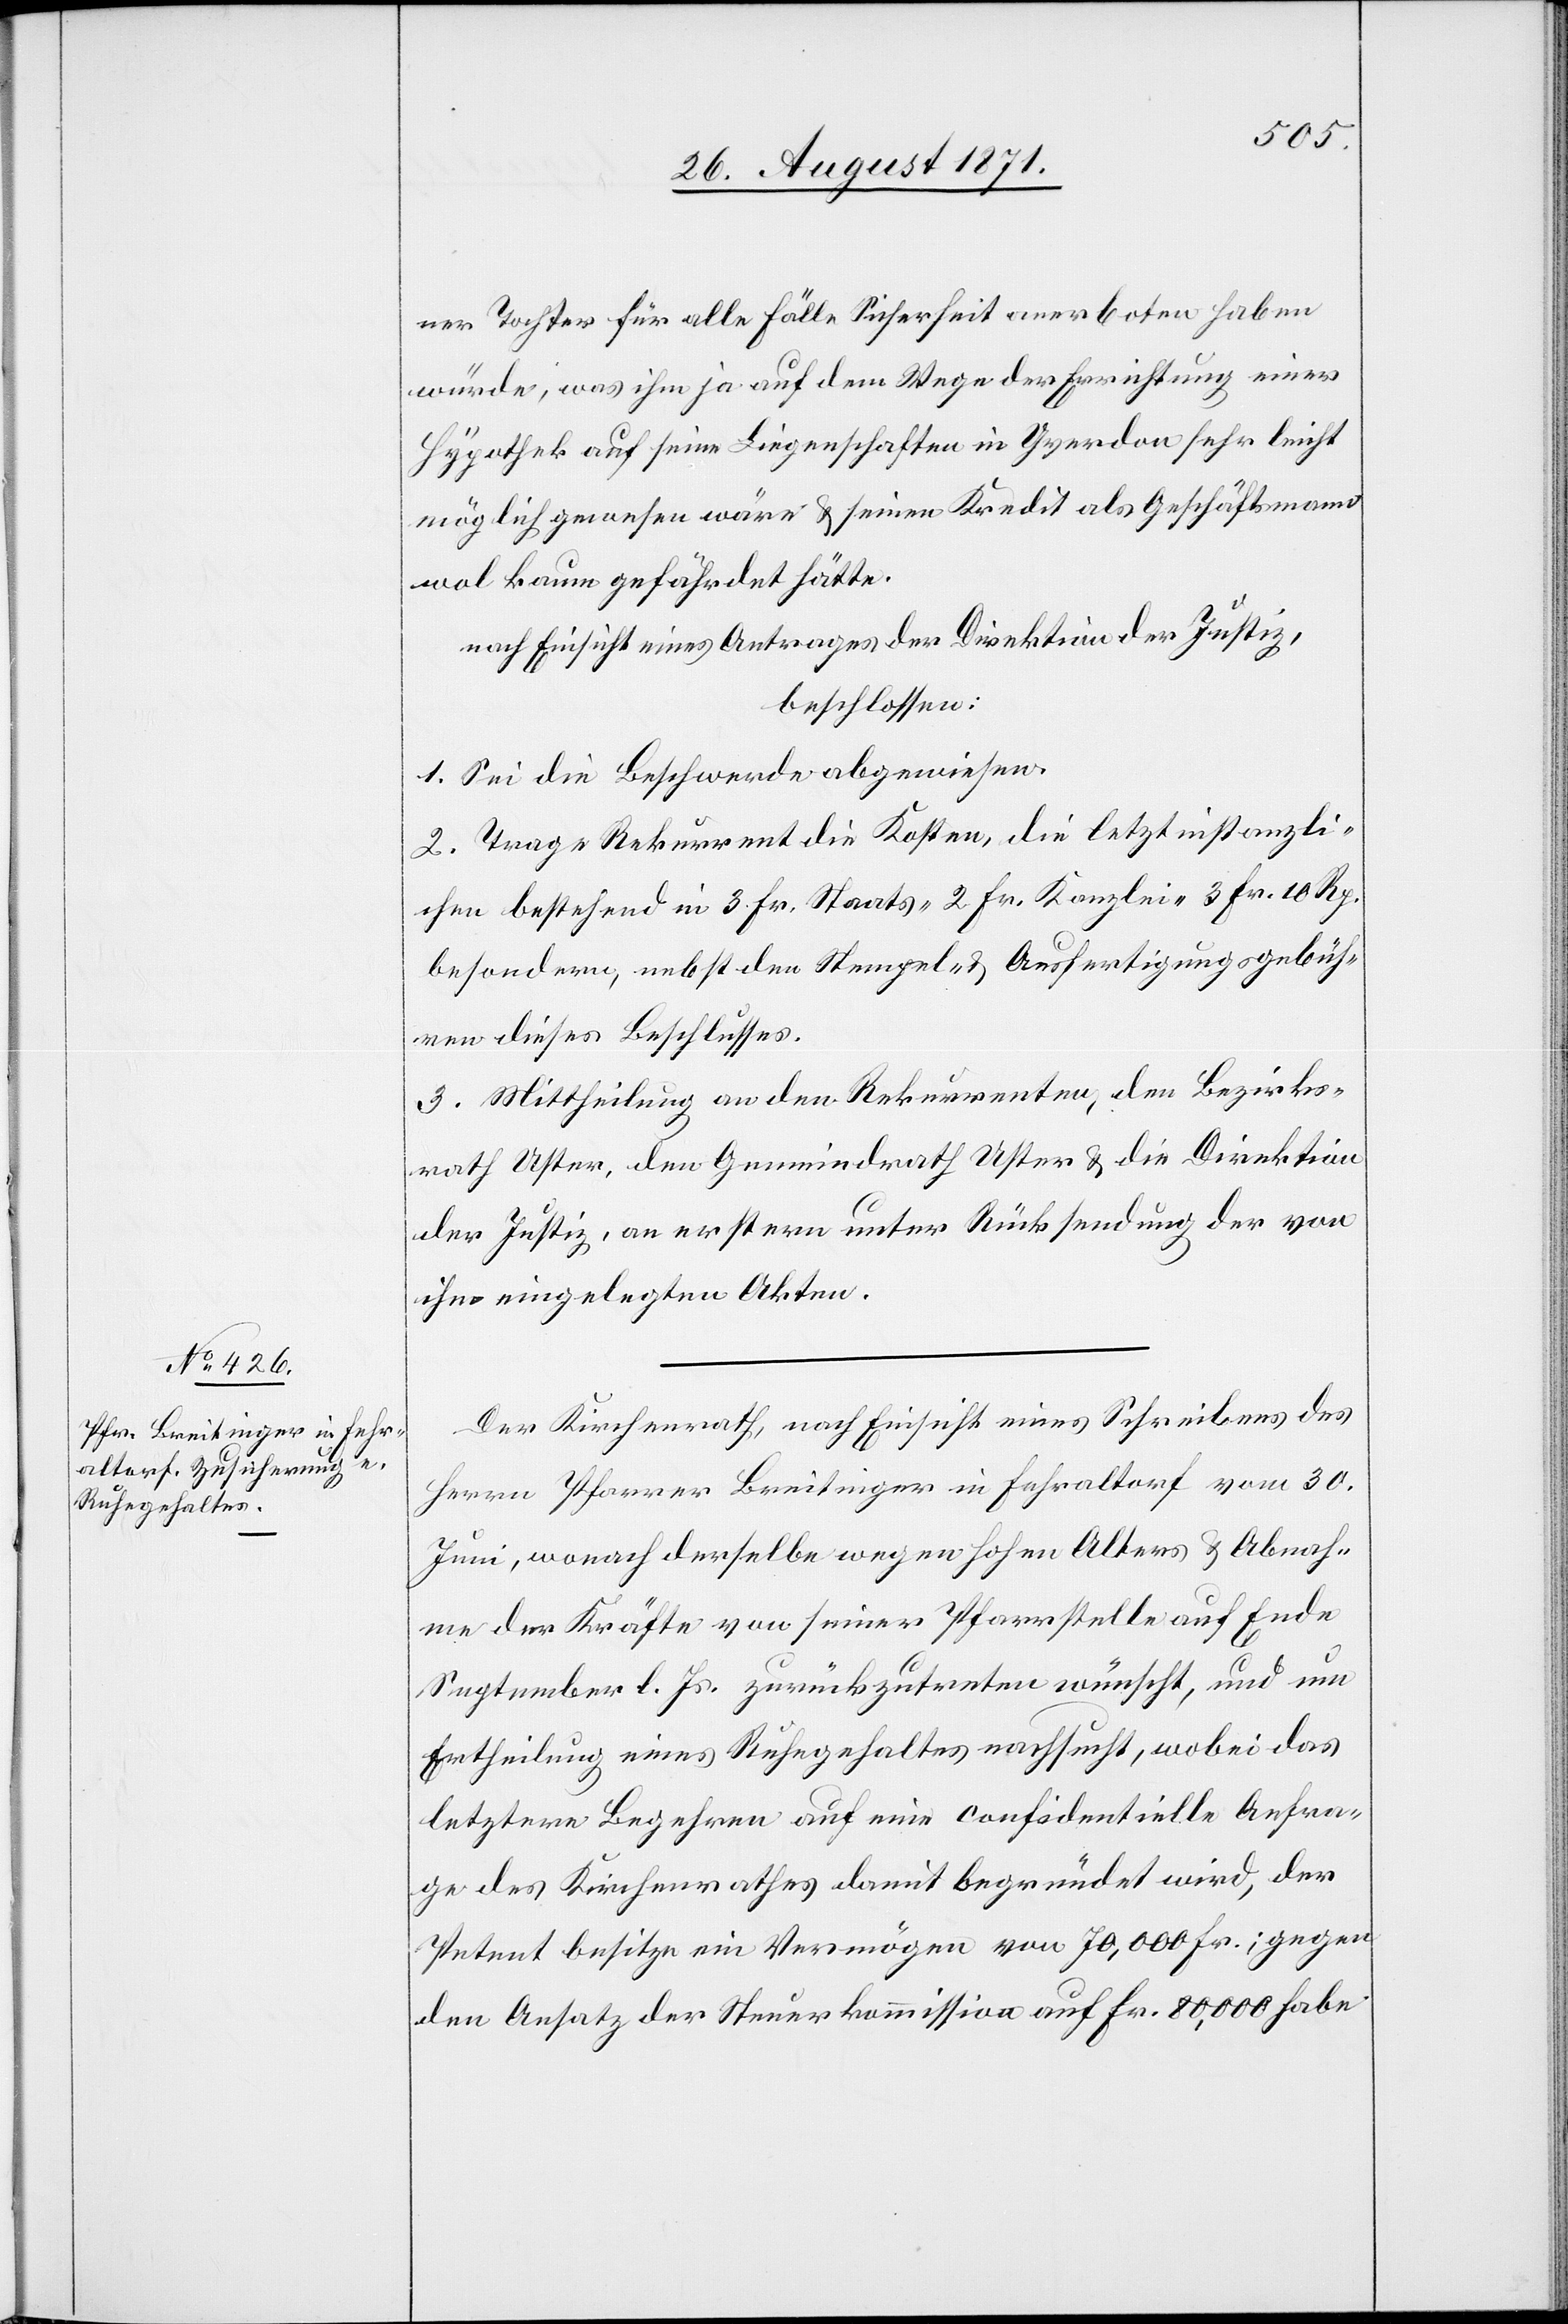
ner Tochter für alle Fälle Sicherheit anerboten haben
würde, was ihm ja auf dem Wege der Errichtung einer
Hypothek auf seine Liegenschaften in Yverdon sehr leicht
möglich gewesen wäre & seinem Kredit als Geschäftsmanne
wol kaum gefährdet hätte.
nach Einsicht eines Antrages der Direktion der Justiz,
beschlossen:
1. Sei die Beschwerde abgewiesen.
2. Trage Rekurrent die Kosten, die letztinstanzli¬
chen bestehend in 3 Fr. Staats-[,] 2 Fr. Kanlzei-[,] 3 Fr. 10 Rp.
besondere, nebst den Stempel-, & Ausfertigungsgebüh¬
ren dieses Beschlusses.
3. Mittheilung an den Rekurrenten, den Bezirks¬
rath Uster, den Gemeindrath Uster & die Direktion
der Justiz, an ersteren unter Rücksendung der von
ihr eingelegten Akten.
Der Regierungsrath, nach Einsicht eines Schreibens des
Herren Pfarrer Breitinger in Fehraltorf vom 30.
Juni, wonach derselbe wegen hohen Alters & Abnah¬
me der Kräfte von seiner Pfarrstelle auf Ende
September l. Js. zurückzutreten wünscht, und eine
Ertheilung eines Ruhegehaltes nachsucht, wobei das
letztere Begehren auf eine confidentielle Anfra¬
ge des Kirchenrathes damit begründet wird, der
Petent besitze ein Vermögen von 70,000 Fr.; gegen
den Ansatz der Steuerkommission auf Fr. 80,000 habe